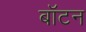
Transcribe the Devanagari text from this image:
बॉटन